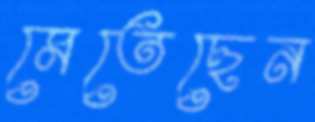
মেতেছেন